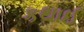
કથાઈ